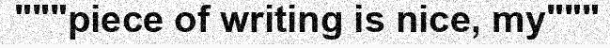
"""piece of writing is nice, my"""